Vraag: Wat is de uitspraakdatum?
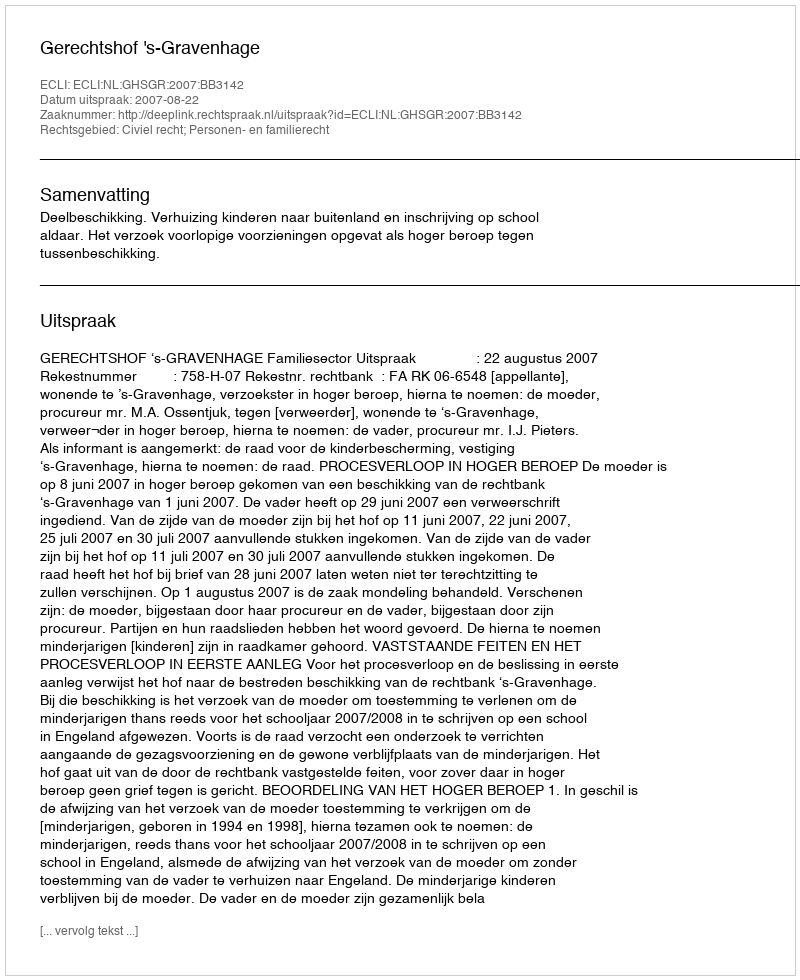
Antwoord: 2007-08-22